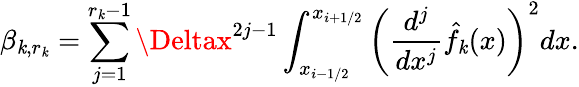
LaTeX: \beta_{\mathit{k},r_{\mathit{k}}}=\sum_{j=1}^{r_{\mathit{k}}-1}\Deltax^{2j-1}\int_{x_{i-1/2}}^{x_{i+1/2}}\left(\frac{{d^{j}}}{{dx^{j}}}\hat{{f}}_{\mathit{k}}(x)\right)^{2}dx.